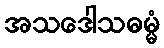
အသဒေါသဓမ္မံ